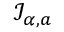
{ \mathcal { I } } _ { \alpha , a }